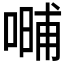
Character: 𱔇